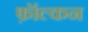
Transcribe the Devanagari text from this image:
फ़ॉल्कन